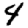
Digit: 4